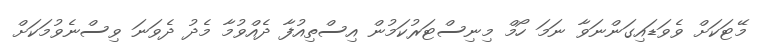
މޭޓަކަށް ވެވަޑައިގަންނަވާ ނަމަ ހޯމް މިނިސްޓަރުކަމުން އިސްތިއުފާ ދެއްވުމާ މެދު ދެވަނަ ވިސްނެވުމަކަށް